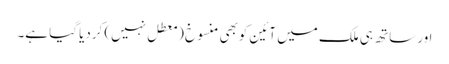
اور ساتھ ہی ملک میں آئین کوبھی منسوخ (معطل نہیں) کردیا گیا ہے۔